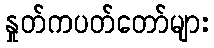
နှုတ်ကပတ်တော်များ